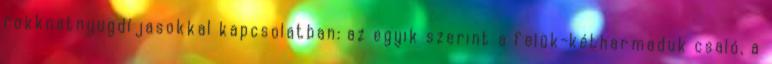
rokknatnyugdíjasokkal kapcsolatban: az egyik szerint a felük-kétharmaduk csaló, a